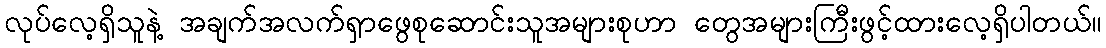
လုပ်လေ့ရှိသူနဲ့ အချက်အလက်ရှာဖွေစုဆောင်းသူအများစုဟာ တွေအများကြီးဖွင့်ထားလေ့ရှိပါတယ်။